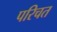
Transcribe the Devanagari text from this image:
परिचत